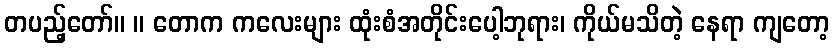
တပည့်တော်။ ။ တောက ကလေးများ ထုံးစံအတိုင်းပေါ့ဘုရား၊ ကိုယ်မသိတဲ့ နေရာ ကျတော့